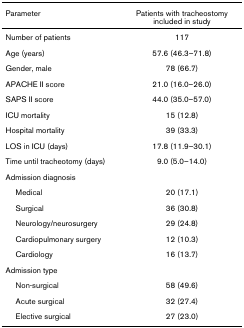
<table><thead><tr><td><b>Parameter</b></td><td><b>Patients with tracheostomy included in study</b></td></tr></thead><tbody><tr><td>Number of patients</td><td>117</td></tr><tr><td>Age (years)</td><td>57.6 (46.3–71.8)</td></tr><tr><td>Gender, male</td><td>78 (66.7)</td></tr><tr><td>APACHE II score</td><td>21.0 (16.0–26.0)</td></tr><tr><td>SAPS II score</td><td>44.0 (35.0–57.0)</td></tr><tr><td>ICU mortality</td><td>15 (12.8)</td></tr><tr><td>Hospital mortality</td><td>39 (33.3)</td></tr><tr><td>LOS in ICU (days)</td><td>17.8 (11.9–30.1)</td></tr><tr><td>Time until tracheotomy (days)</td><td>9.0 (5.0–14.0)</td></tr><tr><td>Admission diagnosis</td><td>[EMPTY_CELL]</td></tr><tr><td> Medical</td><td>20 (17.1)</td></tr><tr><td> Surgical</td><td>36 (30.8)</td></tr><tr><td> Neurology/neurosurgery</td><td>29 (24.8)</td></tr><tr><td> Cardiopulmonary surgery</td><td>12 (10.3)</td></tr><tr><td> Cardiology</td><td>16 (13.7)</td></tr><tr><td>Admission type</td><td>[EMPTY_CELL]</td></tr><tr><td> Non-surgical</td><td>58 (49.6)</td></tr><tr><td> Acute surgical</td><td>32 (27.4)</td></tr><tr><td> Elective surgical</td><td>27 (23.0)</td></tr></tbody></table>